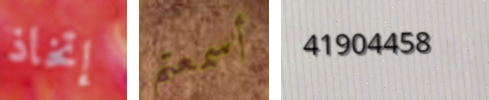
إتخاذ أسمعتم 41904458